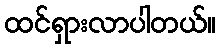
ထင်ရှားလာပါတယ်။